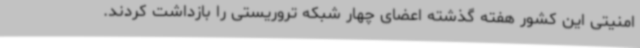
امنیتی این کشور هفته گذشته اعضای چهار شبکه تروریستی را بازداشت کردند.